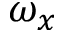
\omega _ { x }